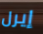
إيرل